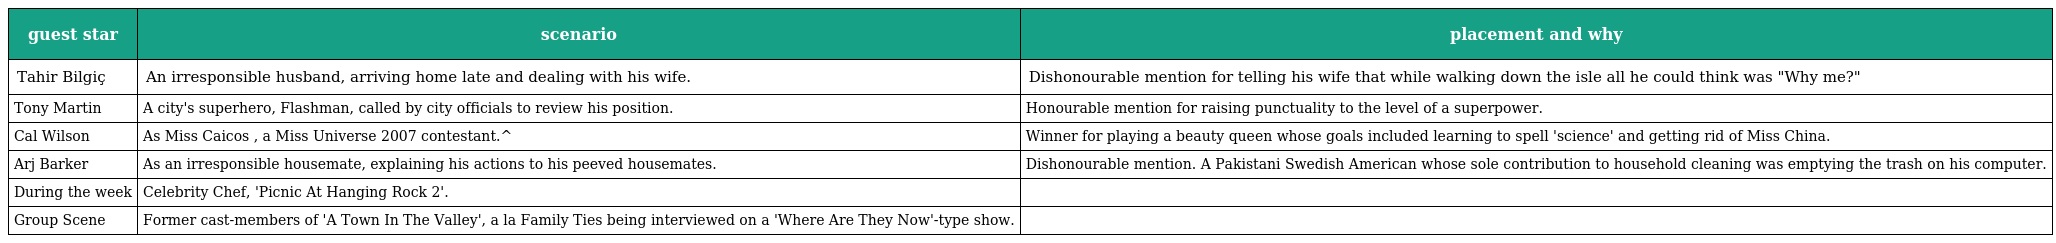
| guest star | scenario | placement and why |
 | --- | --- | --- |
 | Tahir Bilgiç | An irresponsible husband, arriving home late and dealing with his wife. | Dishonourable mention for telling his wife that while walking down the isle all he could think was "Why me?" |
 | Tony Martin | A city's superhero, Flashman, called by city officials to review his position. | Honourable mention for raising punctuality to the level of a superpower. |
 | Cal Wilson | As Miss Caicos , a Miss Universe 2007 contestant.^ | Winner for playing a beauty queen whose goals included learning to spell 'science' and getting rid of Miss China. |
 | Arj Barker | As an irresponsible housemate, explaining his actions to his peeved housemates. | Dishonourable mention. A Pakistani Swedish American whose sole contribution to household cleaning was emptying the trash on his computer. |
 | During the week | Celebrity Chef, 'Picnic At Hanging Rock 2'. |  |
 | Group Scene | Former cast-members of 'A Town In The Valley', a la Family Ties being interviewed on a 'Where Are They Now'-type show. |  |